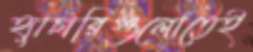
হ্যাচারিগুলোতেই